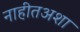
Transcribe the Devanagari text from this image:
नाहीतअशा